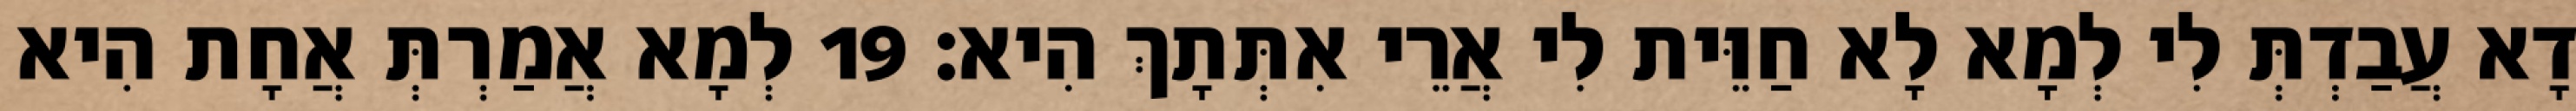
דָא עֲבַדְתְּ לִי לְמָא לָא חַוֵּית לִי אֲרֵי אִתְּתָךְ הִיא׃ 19 לְמָא אֲמַרְתְּ אֲחָת הִיא